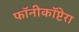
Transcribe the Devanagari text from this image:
फॉनीकॉप्टेरा